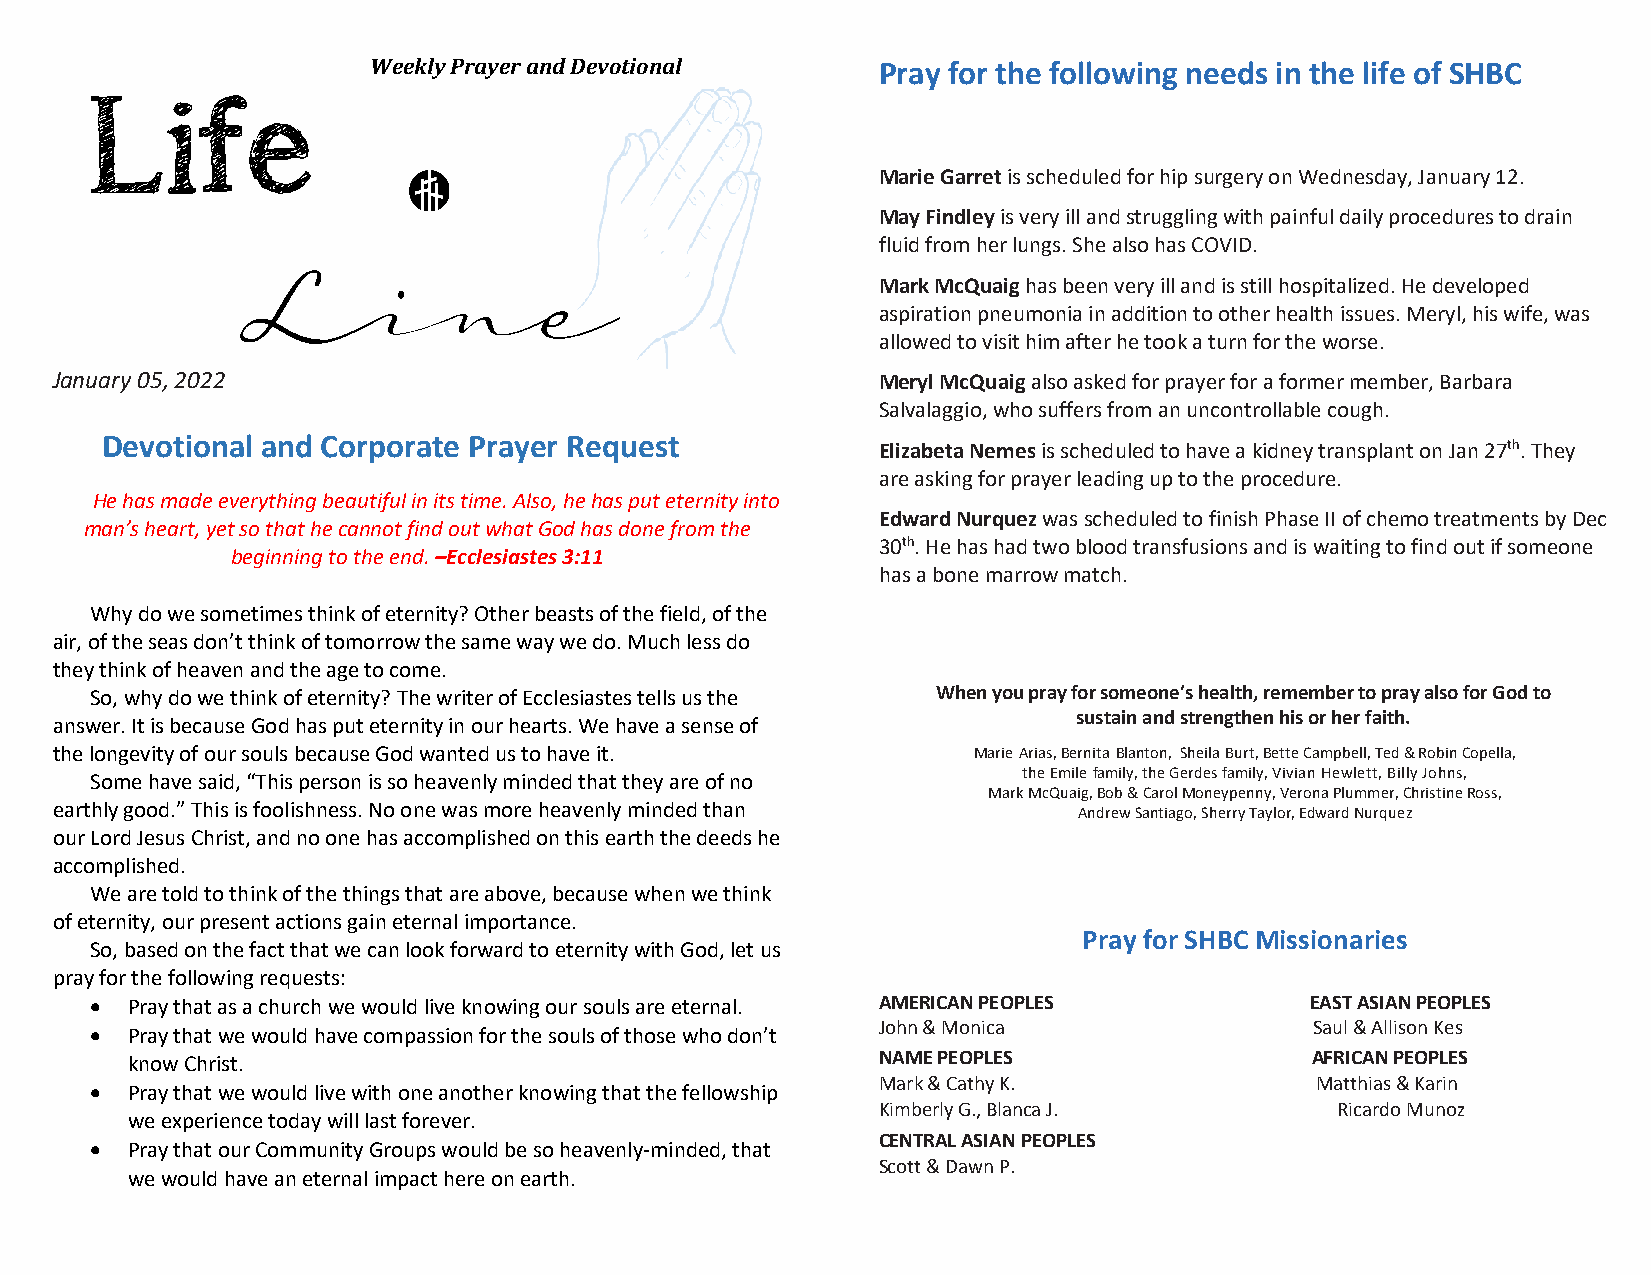
Li     f  e       Weekly Prayer and Devotional      Pray for the following needs in the life of SHBC
 Marie Garret is scheduled for hip surgery on Wednesday, January 12.
 May Findley is very ill and struggling with painful daily procedures to drain
 fluid from her lungs. She also has COVID.
 Line
 Mark McQuaig has been very ill and is still hospitalized. He developed
 aspiration pneumonia in addition to other health issues. Meryl, his wife, was
 allowed to visit him after he took a turn for the worse.
 January 05, 2022                                       Meryl McQuaig also asked for prayer for a former member, Barbara
 Salvalaggio, who suffers from an uncontrollable cough.
 Devotional and Corporate Prayer Request
 Elizabeta Nemes is scheduled to have a kidney transplant on Jan 27th. They
 are asking for prayer leading up to the procedure.
 He has made everything beautiful in its time. Also, he has put eternity into
 Edward Nurquez was scheduled to finish Phase II of chemo treatments by Dec
 man’s heart, yet so that he cannot find out what God has done from the
 30th. He has had two blood transfusions and is waiting to find out if someone
 beginning to the end. –Ecclesiastes 3:11
 has a bone marrow match.
 Why do we sometimes think of eternity? Other beasts of the field, of the
 air, of the seas don’t think of tomorrow the same way we do. Much less do
 they think of heaven and the age to come.
 So, why do we think of eternity? The writer of Ecclesiastes tells us the When you pray for someone’s health, remember to pray also for God to
 sustain and strengthen his or her faith.
 answer. It is because God has put eternity in our hearts. We have a sense of
 the longevity of our souls because God wanted us to have it. Marie Arias, Bernita Blanton, Sheila Burt, Bette Campbell, Ted & Robin Copella,
 the Emile family, the Gerdes family, Vivian Hewlett, Billy Johns,
 Some have said, “This person is so heavenly minded that they are of no
 Mark McQuaig, Bob & Carol Moneypenny, Verona Plummer, Christine Ross,
 earthly good.” This is foolishness. No one was more heavenly minded than Andrew Santiago, Sherry Taylor, Edward Nurquez
 our Lord Jesus Christ, and no one has accomplished on this earth the deeds he
 accomplished.
 We are told to think of the things that are above, because when we think
 of eternity, our present actions gain eternal importance.
 Pray for SHBC Missionaries
 So, based on the fact that we can look forward to eternity with God, let us
 pray for the following requests:
 • Pray that as a church we would live knowing our souls are eternal. AMERICAN PEOPLES EAST ASIAN PEOPLES
 • Pray that we would have compassion for the souls of those who don’t
 John & Monica                Saul & Allison Kes
 know Christ.                                      NAME PEOPLES                 AFRICAN PEOPLES
 Mark & Cathy K.              Matthias & Karin
 • Pray that we would live with one another knowing that the fellowship
 Kimberly G., Blanca J.        Ricardo Munoz
 we experience today will last forever.
 CENTRAL ASIAN PEOPLES
 • Pray that our Community Groups would be so heavenly-minded, that
 Scott & Dawn P.
 we would have an eternal impact here on earth.